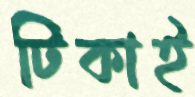
টিকাই